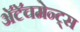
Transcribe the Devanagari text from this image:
अॅटॅचमेन्ट्‌स